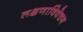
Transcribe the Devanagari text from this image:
लक्षणाविवेचन